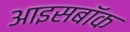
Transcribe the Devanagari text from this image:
आइसबॉक